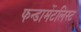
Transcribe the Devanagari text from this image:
फन्डामेंटलिस्ट